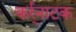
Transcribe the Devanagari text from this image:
कर्र्नाटक